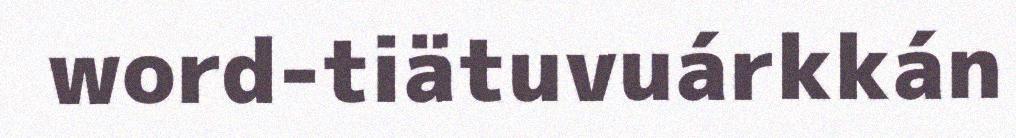
word-tiätuvuárkkán